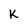
Character: k